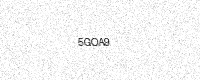
Text: 5GOA9